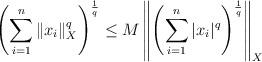
LaTeX: \begin{align*}\left(\sum_{i=1}^n \|x_i\|_X^q \right)^{\frac{1}{q}} \leq M\left\|\left(\sum_{i=1}^n |x_i|^q \right)^{\frac{1}{q}}\right\|_X\end{align*}